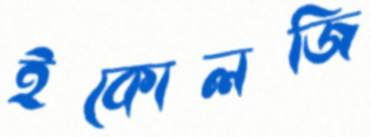
ইকোলজি